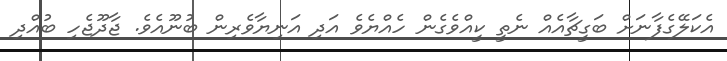
އެކަލޭގެފާނަށް ބަގީޗާއެއް ނެތީ ކީއްވެގެން ހެއްޔެވެ އަދި އަނިޔާވެރިން ބުނޫއެވެ. ޖާދޫޖެހި ބުއްދި